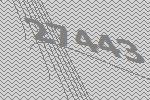
27443